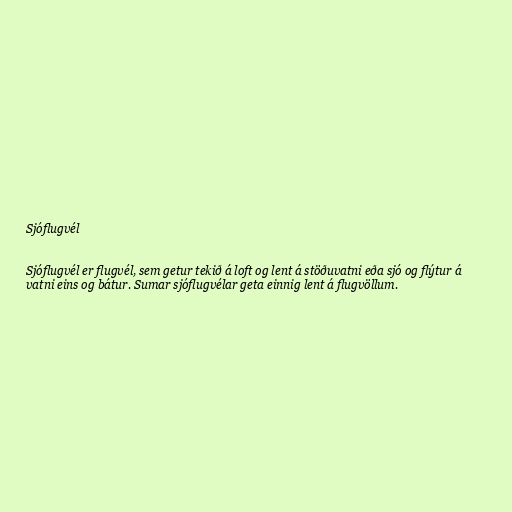
Sjóflugvél

Sjóflugvél er flugvél, sem getur tekið á loft og lent á stöðuvatni eða sjó og flýtur á
vatni eins og bátur. Sumar sjóflugvélar geta einnig lent á flugvöllum.